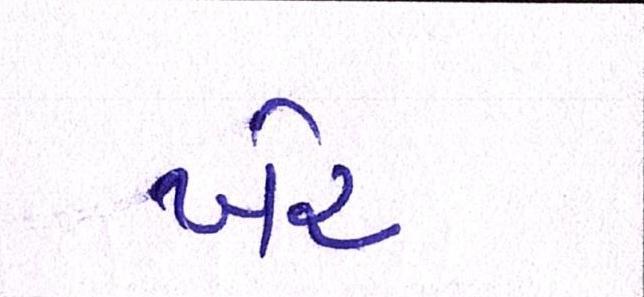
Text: ખેર